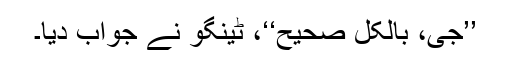
’’جی، بالکل صحیح‘‘، ٹینگو نے جواب دیا۔